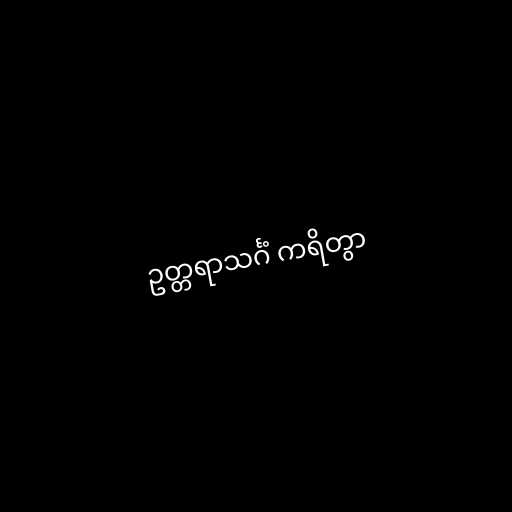
ဥတ္တရာသင်္ဂံ ကရိတွာ